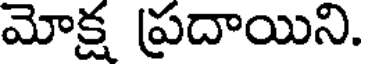
మోక్ష ప్రదాయిని.